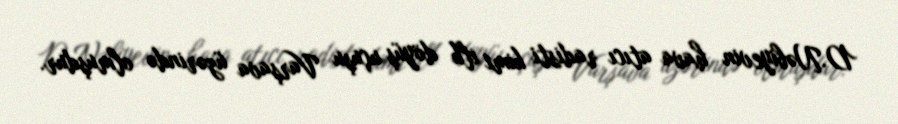
D.Nəbiyevin hava atıcı radisti kimi ilk döyüş uçuşu Varşava üzərində olmuşdur.